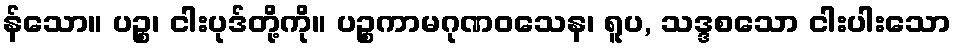
န်သော။ ပဉ္စ၊ ငါးပုဒ်တို့ကို။ ပဉ္စကာမဂုဏဝသေန၊ ရူပ, သဒ္ဒစသော ငါးပါးသော